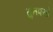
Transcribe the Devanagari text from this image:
सुतपसो